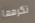
تكرهها